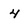
Character: 4